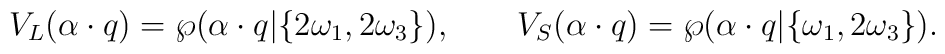
V_L(\alpha\cdot q)=   \wp(\alpha\cdot q|\{2\omega_1,2\omega_3\}),   \qquad   V_S(\alpha\cdot q)= \wp(\alpha\cdot q|\{\omega_1,2\omega_3\}).